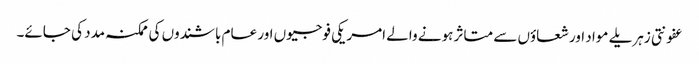
عفونتی زہریلے مواد اور شعاؤں سے متاثر ہونے والے امریکی فوجیوں اور عام باشندوں کی ممکنہ مدد کی جائے۔